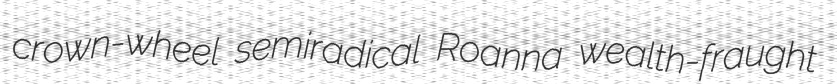
crown-wheel semiradical Roanna wealth-fraught